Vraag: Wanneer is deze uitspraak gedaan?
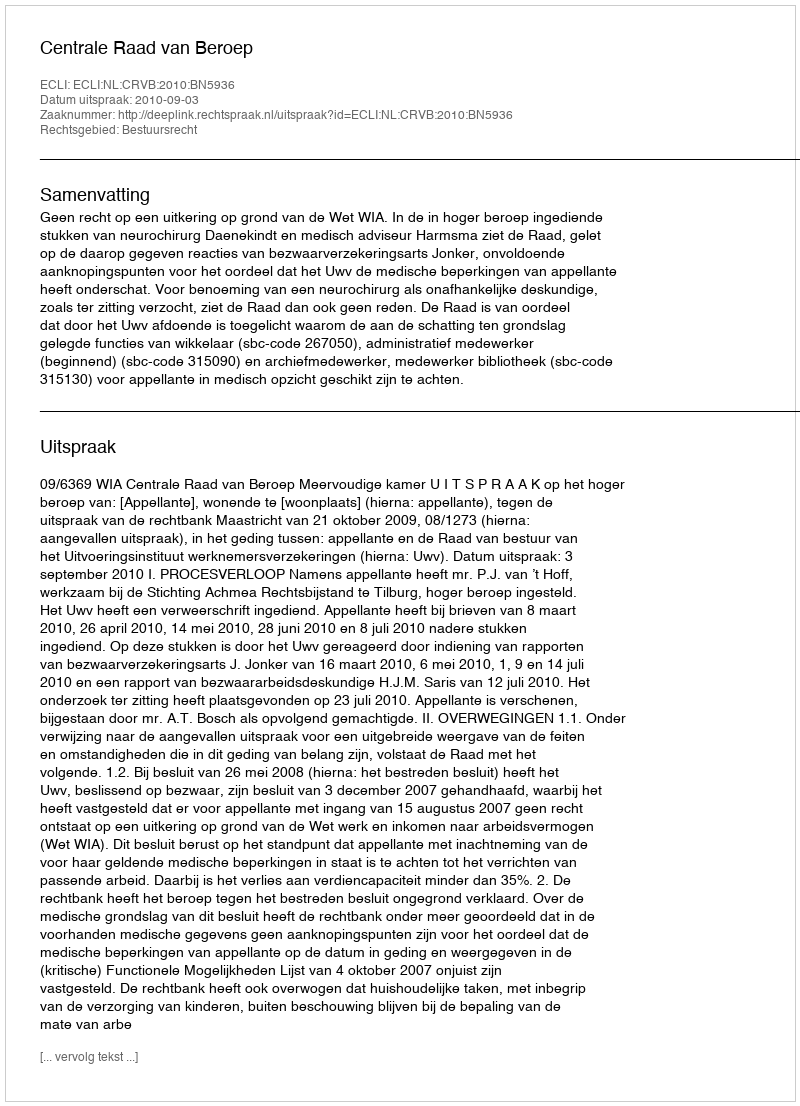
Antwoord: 2010-09-03